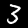
Label: 3